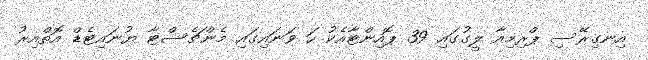
އިނގިރޭސި ޕްރިމިއާ ލީގުގައި 39 ޕޮއިންޓާއެކު ހަ ވަނައިގައި މެންޗެސްޓާ ޔުނައިޓެޑް އޮތްއިރު